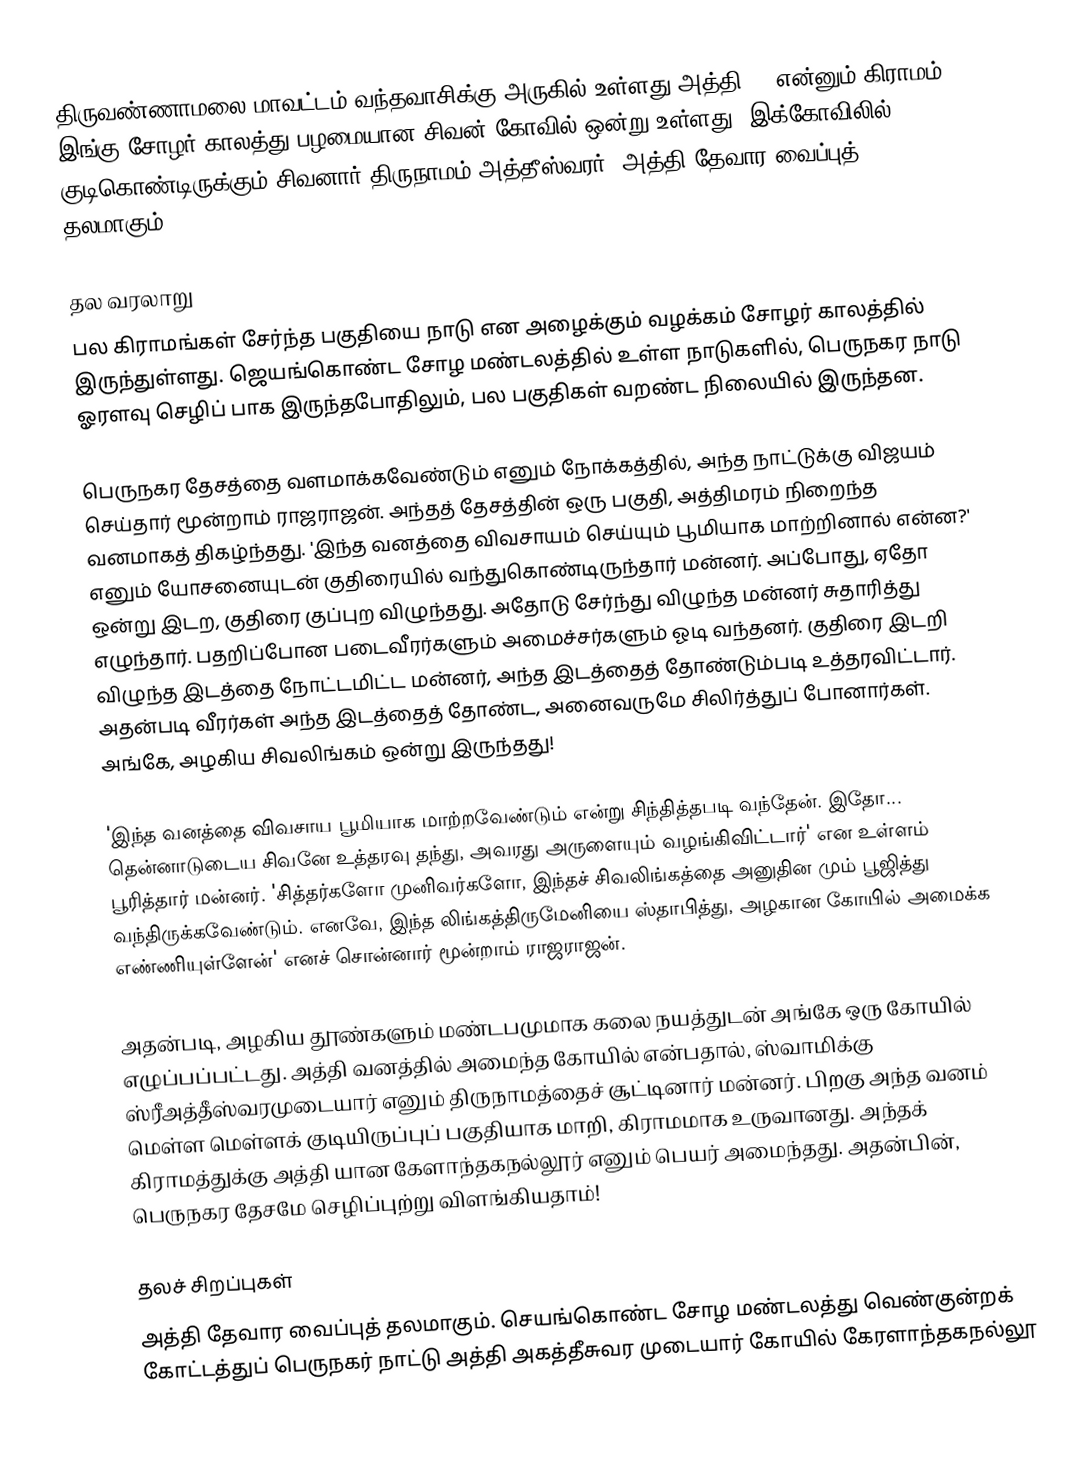
திருவண்ணாமலை மாவட்டம் வந்தவாசிக்கு அருகில் உள்ளது அத்தி () என்னும் கிராமம். இங்கு சோழர் காலத்து பழமையான சிவன் கோவில் ஒன்று உள்ளது. இக்கோவிலில் குடிகொண்டிருக்கும் சிவனார் திருநாமம் அத்தீஸ்வரர். அத்தி தேவார வைப்புத் தலமாகும்.

தல வரலாறு
பல கிராமங்கள் சேர்ந்த பகுதியை நாடு என அழைக்கும் வழக்கம் சோழர் காலத்தில் இருந்துள்ளது. ஜெயங்கொண்ட சோழ மண்டலத்தில் உள்ள நாடுகளில், பெருநகர நாடு ஓரளவு செழிப் பாக இருந்தபோதிலும், பல பகுதிகள் வறண்ட நிலையில் இருந்தன.

பெருநகர தேசத்தை வளமாக்கவேண்டும் எனும் நோக்கத்தில், அந்த நாட்டுக்கு விஜயம் செய்தார் மூன்றாம் ராஜராஜன். அந்தத் தேசத்தின் ஒரு பகுதி, அத்திமரம் நிறைந்த வனமாகத் திகழ்ந்தது. 'இந்த வனத்தை விவசாயம் செய்யும் பூமியாக மாற்றினால் என்ன?' எனும் யோசனையுடன் குதிரையில் வந்துகொண்டிருந்தார் மன்னர். அப்போது, ஏதோ ஒன்று இடற, குதிரை குப்புற விழுந்தது. அதோடு சேர்ந்து விழுந்த மன்னர் சுதாரித்து எழுந்தார். பதறிப்போன படைவீரர்களும் அமைச்சர்களும் ஓடி வந்தனர். குதிரை இடறி விழுந்த இடத்தை நோட்டமிட்ட மன்னர், அந்த இடத்தைத் தோண்டும்படி உத்தரவிட்டார். அதன்படி வீரர்கள் அந்த இடத்தைத் தோண்ட, அனைவருமே சிலிர்த்துப் போனார்கள். அங்கே, அழகிய சிவலிங்கம் ஒன்று இருந்தது!

'இந்த வனத்தை விவசாய பூமியாக மாற்றவேண்டும் என்று சிந்தித்தபடி வந்தேன். இதோ... தென்னாடுடைய சிவனே உத்தரவு தந்து, அவரது அருளையும் வழங்கிவிட்டார்' என உள்ளம் பூரித்தார் மன்னர். 'சித்தர்களோ முனிவர்களோ, இந்தச் சிவலிங்கத்தை அனுதின மும் பூஜித்து வந்திருக்கவேண்டும். எனவே, இந்த லிங்கத்திருமேனியை ஸ்தாபித்து, அழகான கோயில் அமைக்க எண்ணியுள்ளேன்' எனச் சொன்னார் மூன்றாம் ராஜராஜன்.

அதன்படி, அழகிய தூண்களும் மண்டபமுமாக கலை நயத்துடன் அங்கே ஒரு கோயில் எழுப்பப்பட்டது. அத்தி வனத்தில் அமைந்த கோயில் என்பதால், ஸ்வாமிக்கு ஸ்ரீஅத்தீஸ்வரமுடையார் எனும் திருநாமத்தைச் சூட்டினார் மன்னர். பிறகு அந்த வனம் மெள்ள மெள்ளக் குடியிருப்புப் பகுதியாக மாறி, கிராமமாக உருவானது. அந்தக் கிராமத்துக்கு அத்தி யான கேளாந்தகநல்லூர் எனும் பெயர் அமைந்தது. அதன்பின், பெருநகர தேசமே செழிப்புற்று விளங்கியதாம்!

தலச் சிறப்புகள்
அத்தி தேவார வைப்புத் தலமாகும். செயங்கொண்ட சோழ மண்டலத்து வெண்குன்றக் கோட்டத்துப் பெருநகர் நாட்டு அத்தி அகத்தீசுவர முடையார் கோயில் கேரளாந்தகநல்லூ